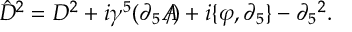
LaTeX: \hat { D } ^ { 2 } = D ^ { 2 } + i \gamma ^ { 5 } ( \partial _ { 5 } A \! \! \! / ) + i \{ \varphi , \partial _ { 5 } \} - \partial _ { 5 } { } ^ { 2 } .